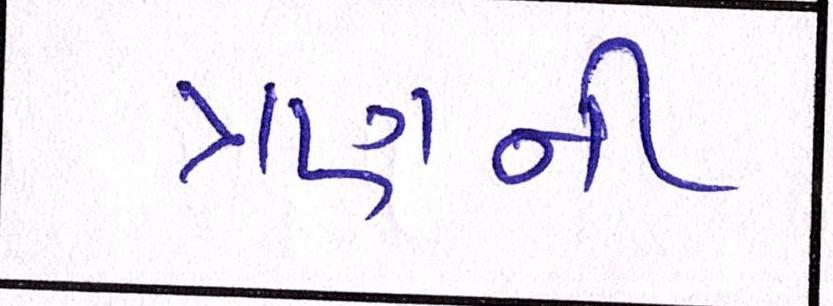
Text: ત્રણની